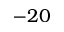
- 2 0